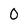
Character: O